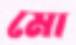
মো